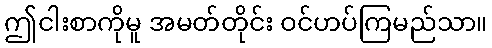
ဤငါးစာကိုမူ အမတ်တိုင်း ဝင်ဟပ်ကြမည်သာ။